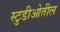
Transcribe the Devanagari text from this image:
स्टुडीओतील